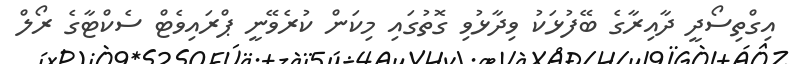
އިގްތިސޯދީ ދާއިރާގެ ބޭފުޅަކު ވިދާޅުވި ގޮތުގައި މިކަން ކުރެވޭނީ ޕްރައިވެޓް ސެކްޓާގެ ރޯލް